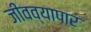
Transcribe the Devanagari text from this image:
जीवव्यापार